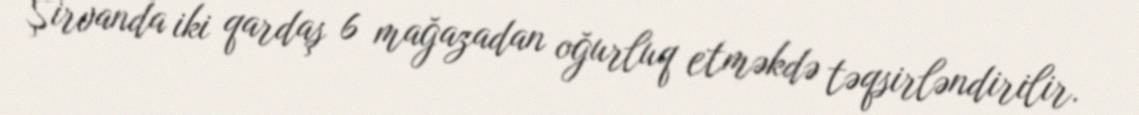
Şirvanda iki qardaş 6 mağazadan oğurluq etməkdə təqsirləndirilir.